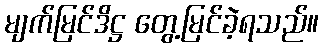
မျက်မြင်ဒိဋ္ဌ တွေ့မြင်ခဲ့ရသည်။